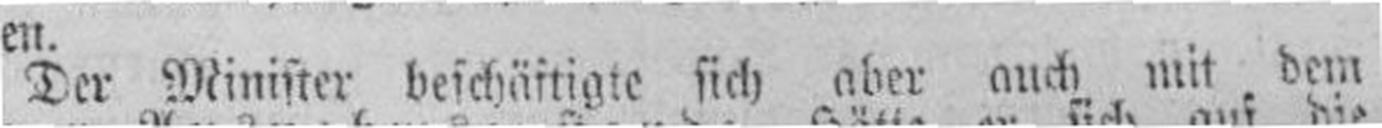
Der Minister beschäftigte sich aber auch mit dem